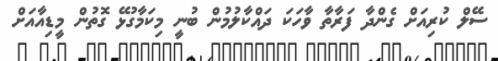
ސޭލް ކުރިއަށް ގެންދާ ފަރާތާ ވާހަކަ ދައްކާލުމުން ބުނީ މިކަމާގުޅޭ ގޮތުން މީޑިއާއަށް